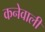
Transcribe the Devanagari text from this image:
कनेवाली